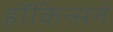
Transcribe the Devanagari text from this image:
हॉकिन्सने